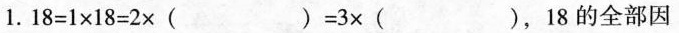
1.18=1×18=2×()=3×()，18的全部因